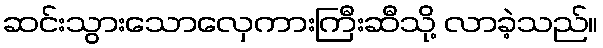
ဆင်းသွားသောလှေကားကြီးဆီသို့ လာခဲ့သည်။